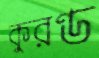
কুরণ্ড